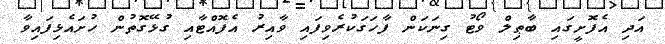
އަދި އެފޮށީގައި ބާޠިލް ވޯޓު ގިނަކަން ފާހަގަކުރެވިފައި ވާއިރު އެފޮއްޓާއި ގުޅޭގޮތުން ހުށައެޅިފައިވާ